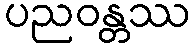
ပညဝန္တဿ